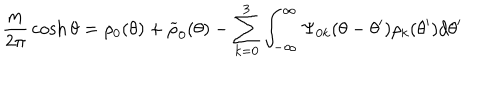
LaTeX: { \frac { m } { 2 \pi } } \cosh \theta = \rho _ { 0 } ( \theta ) + \widetilde { \rho } _ { 0 } ( \theta ) - \sum _ { k = 0 } ^ { 3 } \int _ { - \infty } ^ { \infty } \Psi _ { 0 k } ( \theta - \theta ^ { \prime } ) \rho _ { k } ( \theta ^ { \prime } ) d \theta ^ { \prime }